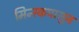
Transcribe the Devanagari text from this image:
मिन्स्कपासून